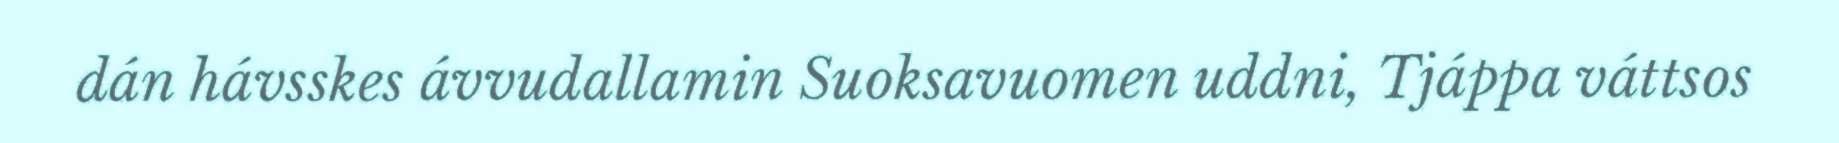
dán hávsskes ávvudallamin Suoksavuomen uddni, Tjáppa váttsos